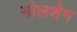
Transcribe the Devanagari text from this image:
मोलशेम